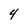
Character: 4